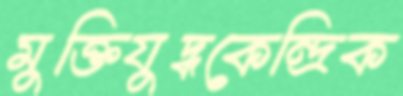
মুক্তিযুদ্ধকেন্দ্রিক